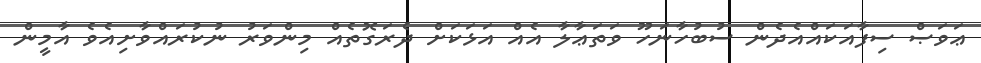
ޢަވަޞް ސިފާއަކައްއެދެން ސުބުހާނަހޫ ވަތަޢާލާ އެއް އަޅަކަށް ދެރަގޮތެއް މިންވަރު ނުކުރައްވާށިއެވެ އާމީން